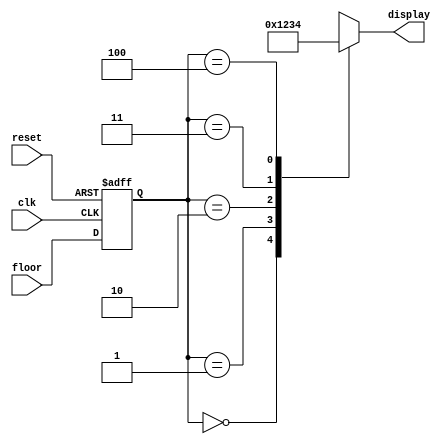
module floor_display (
  input wire clk,
  input wire reset,
  input wire [3:0] floor,
  output reg [3:0] display
);

  // Register for storing the floor value
  reg [3:0] current_floor;

  always @(posedge clk or posedge reset) begin
    if (reset)
      current_floor <= 4'b0000; // Initial floor: 0
    else
      current_floor <= floor;
  end

  // Output display
  always @(current_floor) begin
    case (current_floor)
      4'b0000: display = 4'b0000; // Floor 0
      4'b0001: display = 4'b0001; // Floor 1
      4'b0010: display = 4'b0010; // Floor 2
      4'b0011: display = 4'b0011; // Floor 3
      4'b0100: display = 4'b0100; // Floor 4
      // Add more floor cases as needed
      default: display = 4'bXXXX; // Invalid floor
    endcase
  end

endmodule